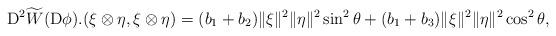
LaTeX: \begin{align*}{\rm D}^2\widetilde{W}({\rm D}\phi).(\xi\otimes\eta,\xi\otimes\eta)=(b_1 +b_2)\|\xi\|^2\|\eta\|^2 \sin^2\theta+(b_1 +b_3)\|\xi\|^2\|\eta\|^2\cos^2\theta,\end{align*}